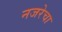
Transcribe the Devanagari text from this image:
नजरेचा